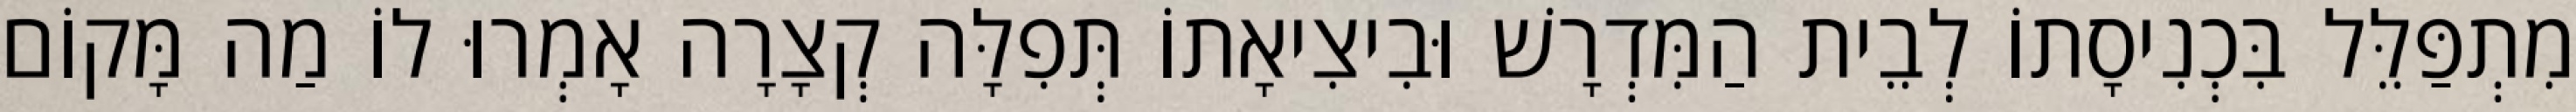
מִתְפַּלֵּל בִּכְנִיסָתוֹ לְבֵית הַמִּדְרָשׁ וּבִיצִיאָתוֹ תְּפִלָּה קְצָרָה אָמְרוּ לוֹ מַה מָּקוֹם